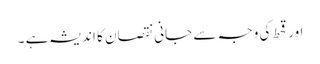
اور قحط کی وجہ سے جانی نقصان کا اندیشہ ہے ۔